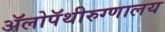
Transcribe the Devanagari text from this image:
ॲलोपॅथीरुग्णालय